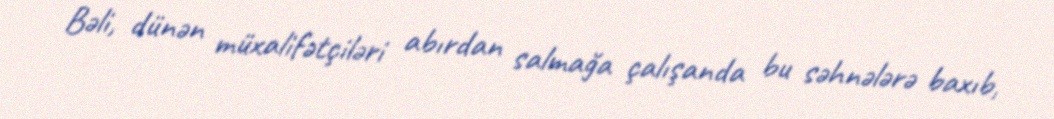
Bəli, dünən müxalifətçiləri abırdan salmağa çalışanda bu səhnələrə baxıb,